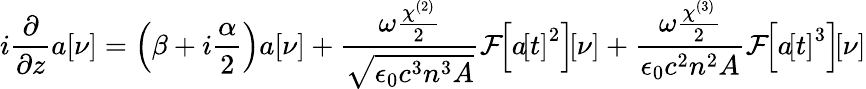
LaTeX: i\frac{\partial}{\partial z}a\! \left[\nu\right]=\left(\beta+i\frac{\alpha}{2}\right)a\! \left[\nu\right]+\frac{\omega\frac{\chi^{(2)}}{2}}{\sqrt{\epsilon_{0}c^{3}n^{3}A}}\mathcal{F}\! \! \left[a\! \left[t\right]^{2}\right]\! \! \left[\nu\right]+\frac{\omega\frac{\chi^{(3)}}{2}}{\epsilon_{0}c^{2}n^{2}A}\mathcal{F}\! \! \left[a\! \left[t\right]^{3}\right]\! \! \left[\nu\right]